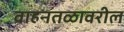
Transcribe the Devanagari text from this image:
वाहनतळावरील